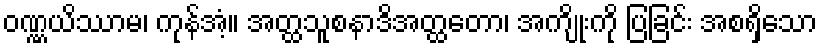
ဝဏ္ဏယိဿာမ၊ ကုန်အံ့။ အတ္ထသူစနာဒိအတ္ထတော၊ အကျိုးကို ပြခြင်း အစရှိသော